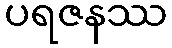
ပရဇနဿ